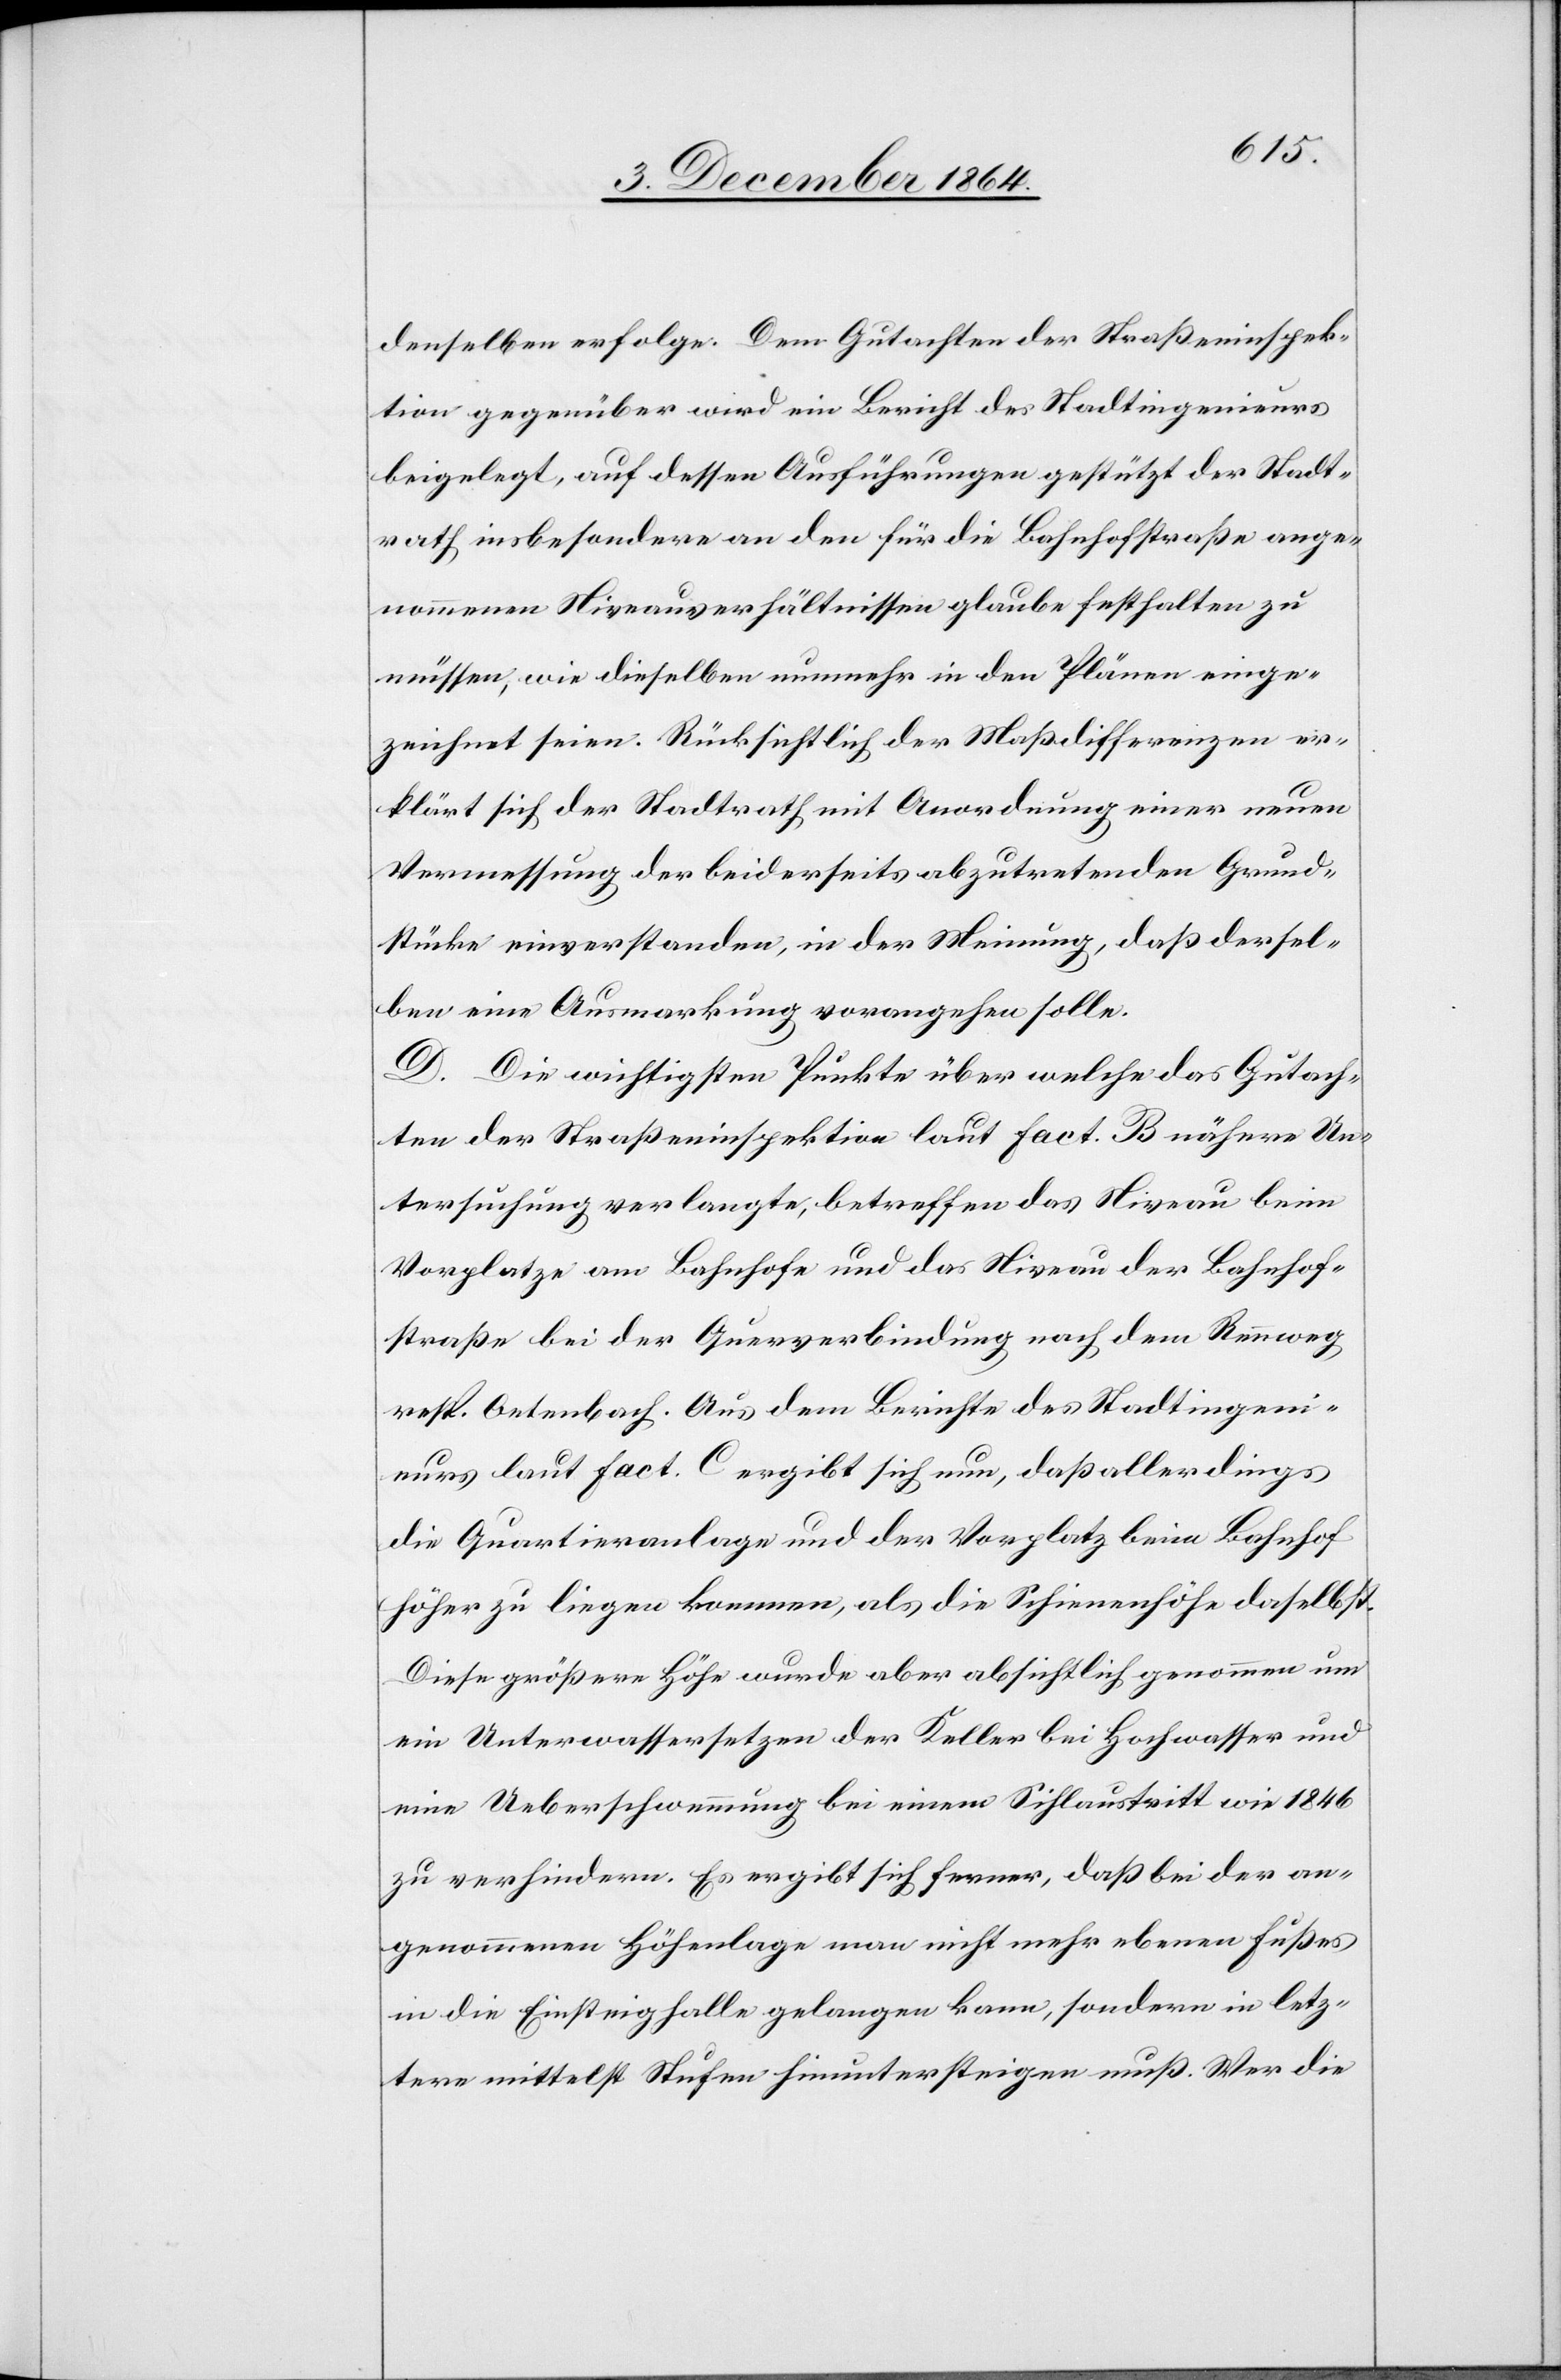
denselben erfolge. Dem Gutachten der Straßeninspek¬
tion gegenüber wird ein Bericht des Stadtingenieurs
beigelegt, auf dessen Ausführungen gestützt der Stadt¬
rath insbesondere an den für die Bahnhofstraße ange¬
nommenen Niveauverhältnissen glaube festhalten zu
müssen, wie dieselben nunmehr in den Plänen einge¬
zeichnet seien. Rücksichtlich der Maßdifferenzen er¬
klärt sich der Stadtrath mit Anordnung einer neuen
Vermessung der beiderseits abzutretenden Grund¬
stücke einverstanden, in der Meinung, daß dersel¬
ben eine Ausmarkung vorangehen solle.
D. Die wichtigsten Punkte über welche das Gutach¬
ten der Straßeninspektion laut Fact. B nähere Un¬
tersuchung verlangte, betreffen das Niveau beim
Vorplatze am Bahnhofe und das Niveau der Bahnhof¬
straße bei der Querverbindung nach dem Rennweg
resp. Oetenbach. Aus dem Berichte des Stadtingeni¬
eurs laut Fact. C ergibt sich nun, daß allerdings
die Quartieranlage und der Vorplatz beim Bahnhof
höher zu liegen kommen, als die Schienenhöhe daselbst.
Diese größere Höhe wurde aber absichtlich genommen um
ein Unterwassersetzen der Keller bei Hochwasser und
eine Ueberschwemmung bei einem Sihlaustritt wie 1846
zu verhindern. Es ergibt sich ferner, daß bei der an¬
genommenen Höhenlage man nicht mehr ebenen Fußes
in die Einsteigfalle gelangen kann, sondern in letz¬
tere mittelst Stufen hinunter steigen muß. Wer die